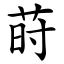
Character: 莳